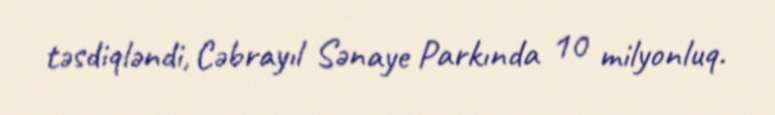
təsdiqləndi, Cəbrayıl Sənaye Parkında 10 milyonluq.